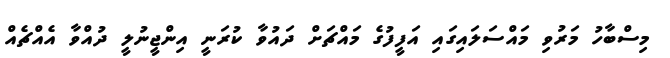
މިސްބާހު މަރުވި މައްސަލައިގައި އަފީފުގެ މައްޗަށް ދައުވާ ކުރަނީ އިންޖީނުލީ ދުއްވާ އެއްޗެއް